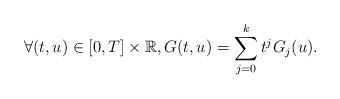
LaTeX: \begin{align*}\forall (t,u) \in [0,T] \times \mathbb{R}, G(t,u) = \sum_{j=0}^{k} t^{j} G_j(u).\end{align*}